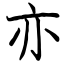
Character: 亦